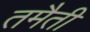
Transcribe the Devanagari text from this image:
तमैती